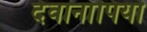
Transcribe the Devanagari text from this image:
देवानांपियो